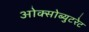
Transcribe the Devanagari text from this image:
ओक्सोब्युटरेट